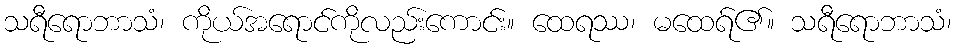
သရီရောဘာသံ၊ ကိုယ်အရောင်ကိုလည်းကောင်း။ ထေရဿ၊ မထေရ်၏။ သရီရောဘာသံ၊